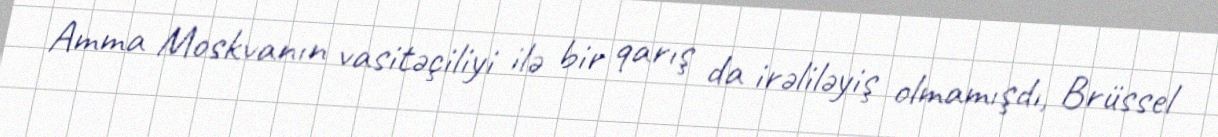
Amma Moskvanın vasitəçiliyi ilə bir qarış da irəliləyiş olmamışdı, Brüssel